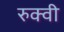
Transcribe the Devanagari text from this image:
रुक्‍वी